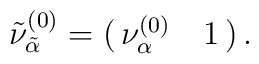
\tilde\nu^{(0)}_{\tilde\alpha}=\pmatrix{\nu^{(0)}_\alpha & 1}.